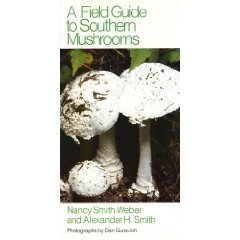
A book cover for A Field Guide to Southern Mushrooms; Nancy Smith Weber; Medical Books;